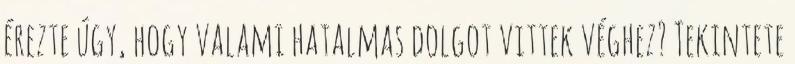
érezte úgy, hogy valami hatalmas dolgot vittek véghez? Tekintete